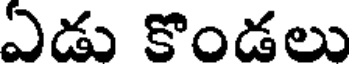
ఎడు కొండలు